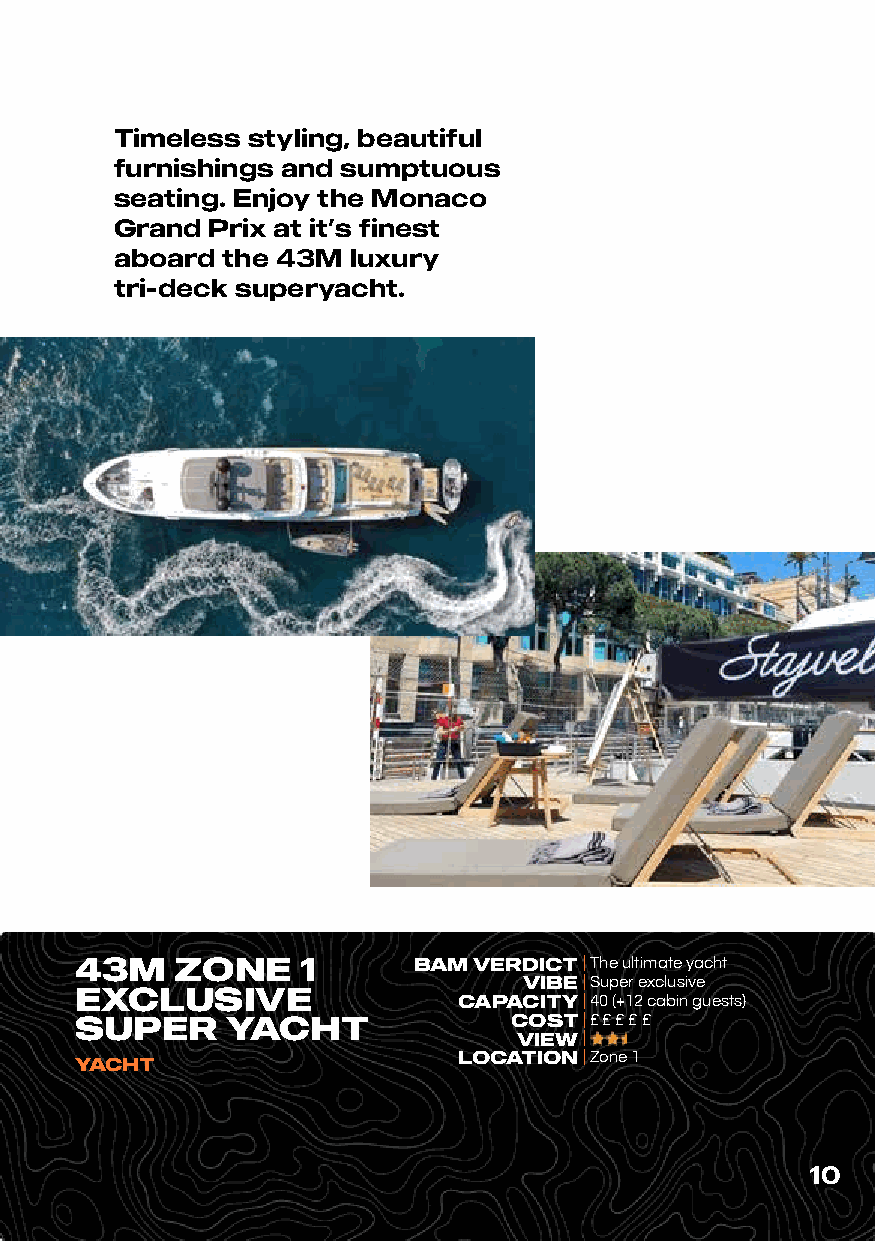
Timeless styling, beautiful
 furnishings and sumptuous
 seating. Enjoy the Monaco
 Grand Prix at it’s finest
 aboard the 43M luxury
 tri-deck superyacht.
 43M    ZONE    1      BAM VERDICT | The ultimate yacht
 VIBE| Super exclusive
 EXCLUSIVE
 CAPACITY| 40 (+12 cabin guests)
 SUPER     YACHT              COST| £ £ £ £ £
 VIEW|
 YACHT                    LOCATION| Zone 1
 10